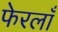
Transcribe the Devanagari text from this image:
फेरलाँ